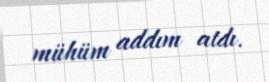
mühüm addım atdı.